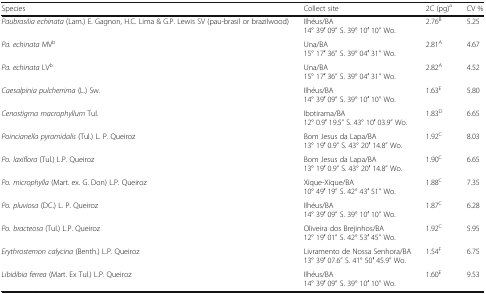
<table><thead><tr><td><b>Species</b></td><td><b>Collect site</b></td><td><b>2C (pg)<sup>a</sup></b></td><td><b>CV %</b></td></tr></thead><tbody><tr><td><i>Paubrasilia echinata</i> (Lam.) E. Gagnon, H.C. Lima &amp; G.P. Lewis SV (pau-brasil or brazilwood)</td><td>Ilhéus/BA14° 39′ 09” S. 39° 10′ 10” Wo.</td><td>2.76<sup>B</sup></td><td>5.25</td></tr><tr><td><i>Pa. echinata</i> MV<sup>b</sup></td><td>Una/BA15° 17′ 36” S. 39° 04′ 31” Wo.</td><td>2.81<sup>A</sup></td><td>4.67</td></tr><tr><td><i>Pa. echinata</i> LV<sup>b</sup></td><td>Una/BA15° 17′ 36” S. 39° 04′ 31” Wo.</td><td>2.82<sup>A</sup></td><td>4.52</td></tr><tr><td><i>Caesalpinia pulcherrima</i> (L.) Sw.</td><td>Ilhéus/BA14° 39′ 09” S. 39° 10′ 10” Wo.</td><td>1.63<sup>E</sup></td><td>5.80</td></tr><tr><td><i>Cenostigma macrophyllum</i> Tul.</td><td>Ibotirama/BA12° 0.9′ 19.5” S. 43° 10′ 03.9” Wo.</td><td>1.83<sup>D</sup></td><td>6.65</td></tr><tr><td><i>Poincianella pyramidalis</i> (Tul.) L. P. Queiroz</td><td>Bom Jesus da Lapa/BA13° 19′ 0.9” S. 43° 20′ 14.8” Wo.</td><td>1.92<sup>C</sup></td><td>8.03</td></tr><tr><td><i>Po. laxiflora</i> (Tul.) L.P. Queiroz</td><td>Bom Jesus da Lapa/BA13° 19′ 0.9” S. 43° 20′ 14.8” Wo.</td><td>1.90<sup>C</sup></td><td>6.65</td></tr><tr><td><i>Po. microphylla</i> (Mart. ex. G. Don) L.P. Queiroz</td><td>Xique-Xique/BA10° 49′ 19” S. 42° 43′ 51” Wo.</td><td>1.88<sup>C</sup></td><td>7.35</td></tr><tr><td><i>Po. pluviosa</i> (DC.) L. P. Queiroz</td><td>Ilhéus/BA14° 39′ 09” S. 39° 10′ 10” Wo.</td><td>1.87<sup>C</sup></td><td>6.28</td></tr><tr><td><i>Po. bracteosa</i> (Tul.) L.P. Queiroz</td><td>Oliveira dos Brejinhos/BA12° 19′ 01” S. 42° 53′ 45” Wo.</td><td>1.92<sup>C</sup></td><td>5.95</td></tr><tr><td><i>Erythrostemon calycina</i> (Benth.) L.P. Queiroz</td><td>Livramento de Nossa Senhora/BA13° 39′ 07.6” S. 41° 50′ 45.9” Wo.</td><td>1.54<sup>F</sup></td><td>6.75</td></tr><tr><td><i>Libidibia ferrea</i> (Mart. Ex Tul.) L.P. Queiroz</td><td>Ilhéus/BA14° 39′ 09” S. 39° 10′ 10” Wo.</td><td>1.60<sup>E</sup></td><td>9.53</td></tr></tbody></table>